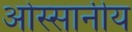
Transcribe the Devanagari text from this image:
ओस्सानीय